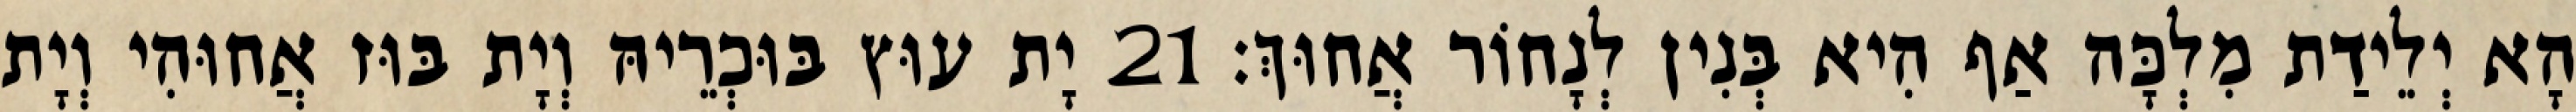
הָא יְלֵידַת מִלְכָּה אַף הִיא בְּנִין לְנָחוֹר אֲחוּךְ׃ 21 יָת עוּץ בּוּכְרֵיהּ וְיָת בּוּז אֲחוּהִי וְיָת